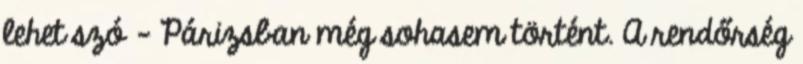
lehet szó - Párizsban még sohasem történt. A rendőrség